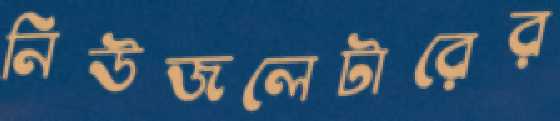
নিউজলেটারের